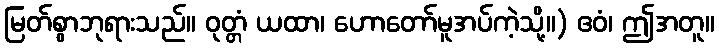
မြတ်စွာဘုရားသည်။ ဝုတ္တံ ယထာ၊ ဟောတော်မူအပ်ကဲ့သို့။) ဧဝံ၊ ဤအတူ။